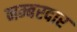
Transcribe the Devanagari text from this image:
नम्बरदार